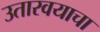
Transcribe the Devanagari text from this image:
उतारवयाचा